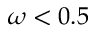
\omega < 0 . 5